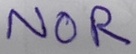
Text: NOR